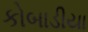
કોબાડીયા